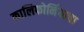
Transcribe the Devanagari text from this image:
कालिफोर्नियाचा